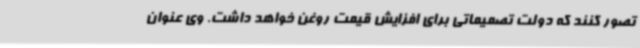
تصور کنند که دولت تصمیماتی برای افزایش قیمت روغن خواهد داشت. وی عنوان